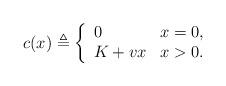
LaTeX: \begin{align*}c(x)\triangleq\left\{\begin{array}{lr}0&x=0,\\K+vx& x>0.\end{array}\right.\end{align*}